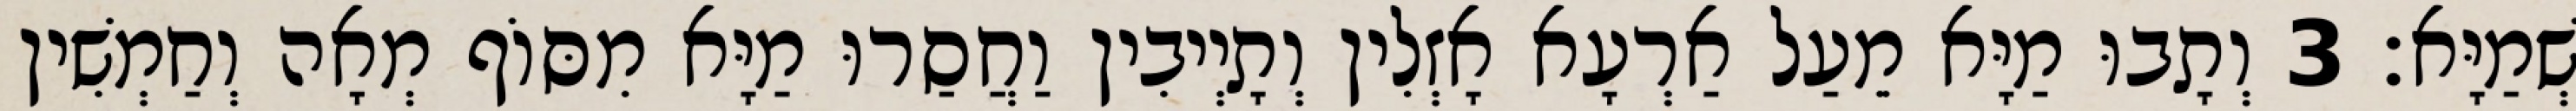
שְׁמַיָּא׃ 3 וְתָבוּ מַיָּא מֵעַל אַרְעָא אָזְלִין וְתָיְיבִין וַחֲסַרוּ מַיָּא מִסּוֹף מְאָה וְחַמְשִׁין